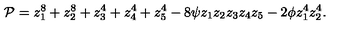
{ \cal P } = z _ { 1 } ^ { 8 } + z _ { 2 } ^ { 8 } + z _ { 3 } ^ { 4 } + z _ { 4 } ^ { 4 } + z _ { 5 } ^ { 4 } - 8 \psi z _ { 1 } z _ { 2 } z _ { 3 } z _ { 4 } z _ { 5 } - 2 \phi z _ { 1 } ^ { 4 } z _ { 2 } ^ { 4 } .